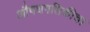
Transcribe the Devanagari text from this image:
औषधगतिकीचा